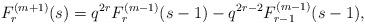
LaTeX: \begin{align*}F^{(m+1)}_{r}(s)=q^{2r}F^{(m-1)}_{r}(s-1)-q^{2r-2}F^{(m-1)}_{r-1}(s-1), \end{align*}